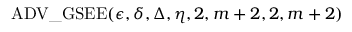
\mathrm { A D V \_ G S E E } ( \epsilon , \delta , \Delta , \eta , 2 , m + 2 , 2 , m + 2 )